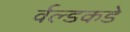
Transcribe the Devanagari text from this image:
र्वल्डकडे